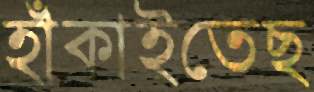
হাঁকাইতেছ